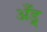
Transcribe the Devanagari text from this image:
अँड्र्